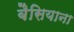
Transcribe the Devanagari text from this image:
बैसियाना